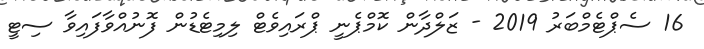
16 ސެޕްޓެމްބަރު 2019 - ޒަލްދާން ކޮމްޕެނީ ޕްރައިވެޓް ލިމިޓެޑުން ފޮނުއްވާފައިވާ ސިޓީ